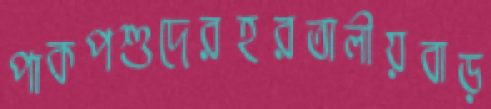
পাকপশুদেরহরতালীয়বাড়